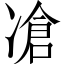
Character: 凔